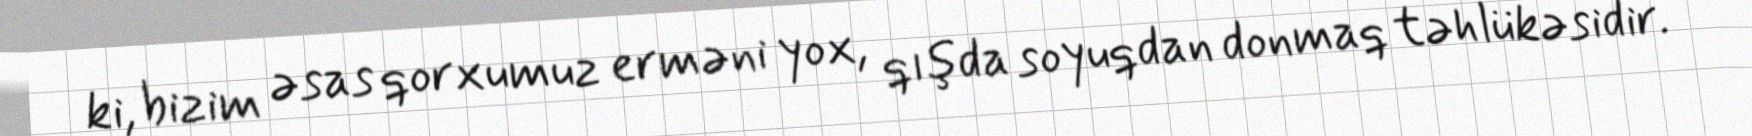
ki, bizim əsas qorxumuz erməni yox, qışda soyuqdan donmaq təhlükəsidir.